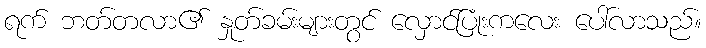
ရက် ဘတ်တလာ၏ နှုတ်ခမ်းများတွင် လှောင်ပြုံးကလေး ပေါ်လာသည်။